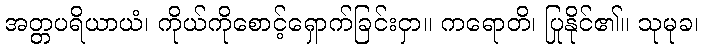
အတ္တပရိယာယံ၊ ကိုယ်ကိုစောင့်ရှောက်ခြင်းငှာ။ ကရောတိ၊ ပြုနိုင်၏။ သုမုခ၊